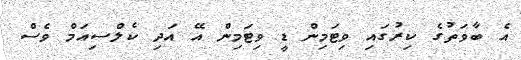
އެ ބާވަތުގެ ކިރުގައި ވިޓަމިން ޑީ ވިޓަމިން އޭ އަދި ކެލްސިއަމް ވެސް